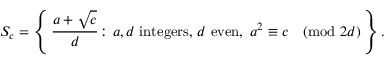
S _ { c } = \left\{ \, { \frac { a + { \sqrt { c } } } { d } } \colon a , d { \mathrm { ~ i n t e g e r s , ~ } } d { \mathrm { ~ e v e n } } , \, \, a ^ { 2 } \equiv c { \pmod { 2 d } } \, \right\} .